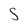
Character: S